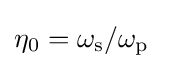
\eta _{0}=\omega _{\rm {s}}/\omega _{\rm {p}}~~